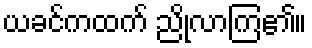
ယခင်ကထက် ညိုလာကြ၏။